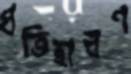
প্রতিহারণ